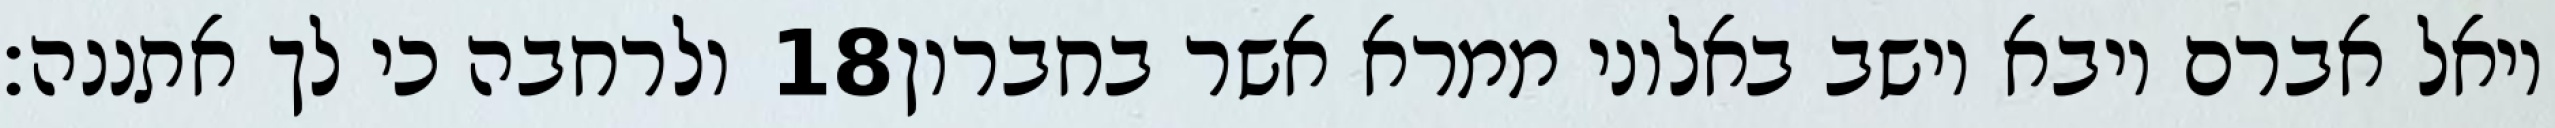
ולרחבה כי לך אתננה׃ ‎18‏ ויאל אברם ויבא וישב באלוני ממרא אשר בחברון